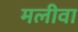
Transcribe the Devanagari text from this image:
मलीवा